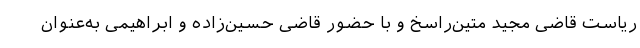
ریاست قاضی مجید متین‌راسخ و با حضور قاضی حسین‌زاده و ابراهیمی به‌عنوان